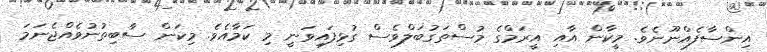
އިންސާފެއްނޫނެވެ. މީކާން އާއި އީރަމްގެ މުސްތަގުބަލްވެސް ގުޅިފައިވަނީ މި ކަމާއެވެ. މިކަން ސާބިތުނުވެއްޖެނަމަ